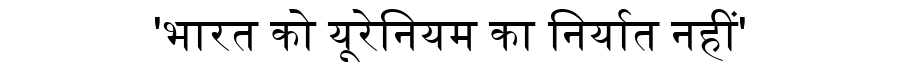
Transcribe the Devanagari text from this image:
'भारत को यूरेनियम का निर्यात नहीं'